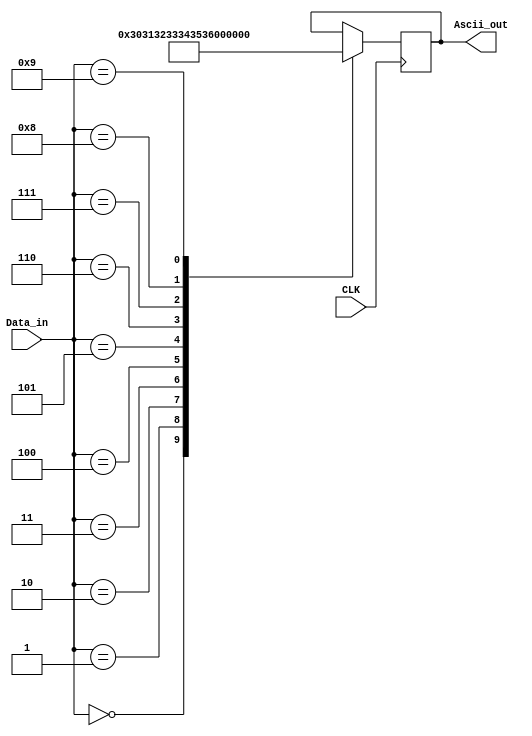
module Ascii_Convert(
					input				CLK,
					input		[3:0]	Data_in,
					output	reg	[7:0]	Ascii_out
					);
always@(posedge CLK)
begin
	case(Data_in)
	4'd0:	Ascii_out	<=	8'd48;	
	4'd1:	Ascii_out	<=	8'd49;
	4'd2:	Ascii_out	<=	8'd50;
	4'd3:	Ascii_out	<=	8'd51;
	4'd4:	Ascii_out	<=	8'd52;
	4'd5:	Ascii_out	<=	8'd53;
	4'd6:	Ascii_out	<=	8'd54;
	4'd7:	Ascii_out	<=	8'd55;
	4'd8:	Ascii_out	<=	8'd56;
	4'd9:	Ascii_out	<=	8'd57;
	default:Ascii_out	<=	Ascii_out;
	endcase
end

endmodule